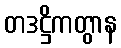
တဒဋ္ဌိကတွာန